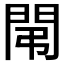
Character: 𨳤